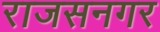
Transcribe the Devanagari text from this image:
राजसनगर